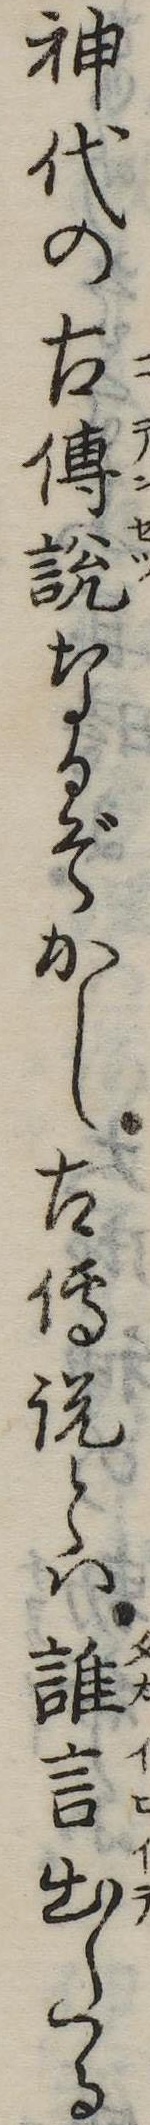
神代の古伝説なるぞかし古伝説とは誰言出たる